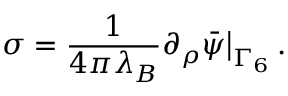
\sigma = \frac { 1 } { 4 \pi \lambda _ { B } } \partial _ { \rho } \bar { \psi } \big | _ { \Gamma _ { 6 } } \, .